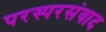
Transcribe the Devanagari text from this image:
परस्परसंवाद